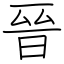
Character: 晉